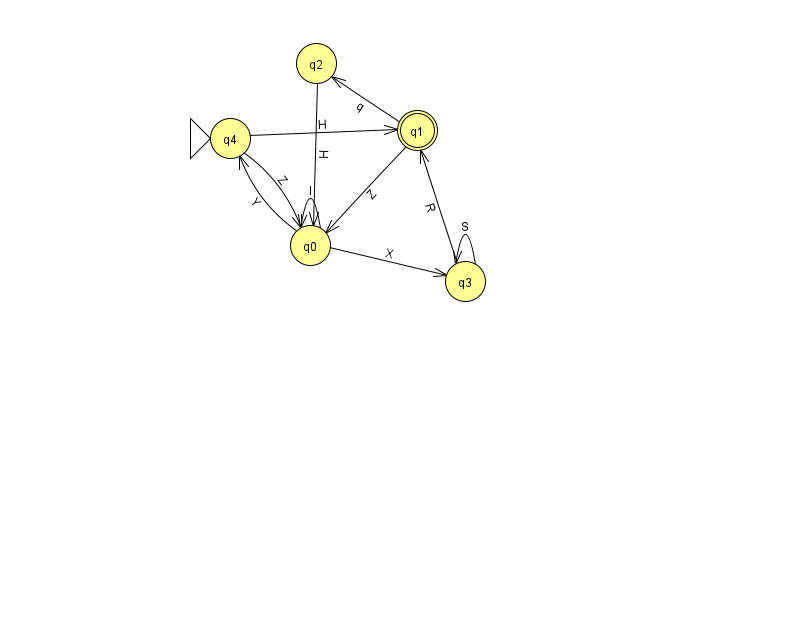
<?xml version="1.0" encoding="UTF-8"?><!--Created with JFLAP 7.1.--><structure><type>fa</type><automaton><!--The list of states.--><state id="0" name="q0"><x>310.0</x><y>232.0</y></state><state id="1" name="q1"><x>417.0</x><y>117.0</y><final/></state><state id="2" name="q2"><x>316.0</x><y>50.0</y></state><state id="3" name="q3"><x>465.0</x><y>268.0</y></state><state id="4" name="q4"><x>230.0</x><y>125.0</y><initial/></state><!--The list of transitions.--><transition><from>0</from><to>3</to><read>X</read></transition><transition><from>3</from><to>3</to><read>S</read></transition><transition><from>4</from><to>1</to><read>H</read></transition><transition><from>0</from><to>4</to><read>Y</read></transition><transition><from>4</from><to>0</to><read>Z</read></transition><transition><from>1</from><to>2</to><read>q</read></transition><transition><from>2</from><to>0</to><read>H</read></transition><transition><from>0</from><to>0</to><read>l</read></transition><transition><from>1</from><to>0</to><read>Z</read></transition><transition><from>3</from><to>1</to><read>R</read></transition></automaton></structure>